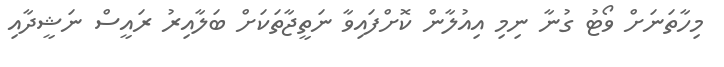
މިހާތަނަށް ވޯޓު ގުނާ ނިމި އިއުލާން ކޮށްފައިވާ ނަތީޖާތަކަށް ބަލާއިރު ރައީސް ނަޝީދާއި